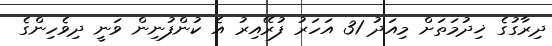
ދިރާގުގެ ޚިދުމަތަށް މިއަދު 31 އަހަރު ފުރޭއިރު އެ ކުންފުނިން ވަނީ ދިވެހިންގެ